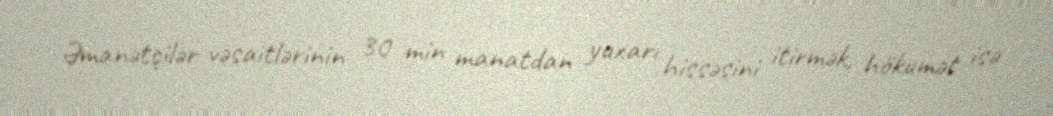
Əmanətçilər vəsaitlərinin 30 min manatdan yuxarı hissəsini itirmək, hökumət isə